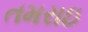
તમરાઇ